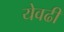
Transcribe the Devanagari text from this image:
येवढी